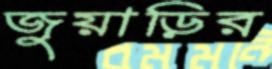
জুয়াড়ির